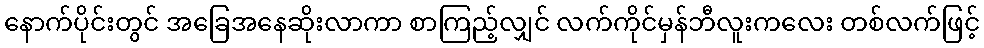
နောက်ပိုင်းတွင် အခြေအနေဆိုးလာကာ စာကြည့်လျှင် လက်ကိုင်မှန်ဘီလူးကလေး တစ်လက်ဖြင့်